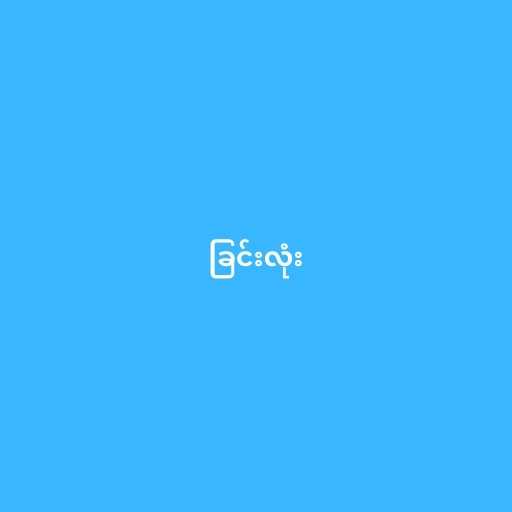
ခြင်းလုံး